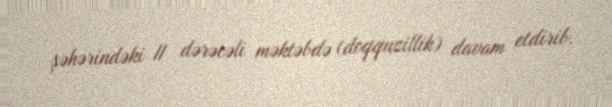
şəhərindəki II dərəcəli məktəbdə (doqquzillik) davam etdirib.